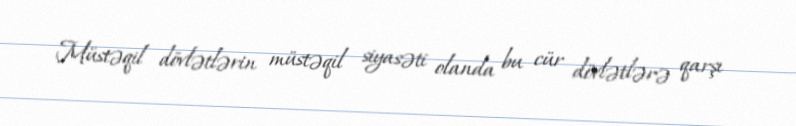
Müstəqil dövlətlərin müstəqil siyasəti olanda bu cür dövlətlərə qarşı